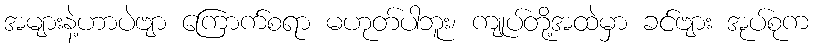
အများနဲ့ဟာပဲဗျာ ကြောက်စရာ မဟုတ်ပါဘူး၊ ကျုပ်တို့အထဲမှာ ခင်ဗျား အုပ်စုက